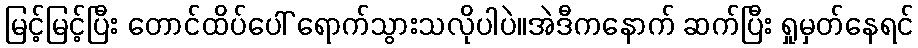
မြင့်မြင့်ပြီး တောင်ထိပ်ပေါ် ရောက်သွားသလိုပါပဲ။အဲဒီကနောက် ဆက်ပြီး ရှုမှတ်နေရင်